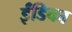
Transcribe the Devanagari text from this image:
ईंडिका